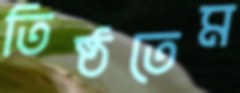
তিষ্ঠতেম